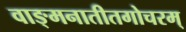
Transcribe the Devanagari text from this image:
वाङ्मनातीतगोचरम्